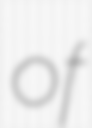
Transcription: of